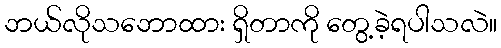
ဘယ်လိုသဘောထား ရှိတာကို တွေ့ခဲ့ရပါသလဲ။